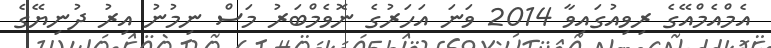
އެމްއެމްއޭގެ ރިވިއުގައިވާ 2014 ވަނަ އަހަރުގެ ނޮވެމްބަރު މަސް ނިމުނު އިރު ދުނިޔޭގެ